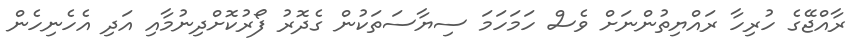
ރާއްޖޭގެ ހުރިހާ ރައްޔިތުންނަށް ވެސް ހަމަހަމަ ސިޔާސަތަކުން ގެދޮރު ފޯރުކޮށްދިނުމާއި އަދި އެހެނިހެން